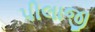
પીલાજી